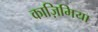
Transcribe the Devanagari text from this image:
काज़िमिया